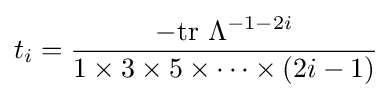
t_{i}={\frac {-{\text{tr }}\Lambda ^{-1-2i}}{1\times 3\times 5\times \cdots \times (2i-1)}}